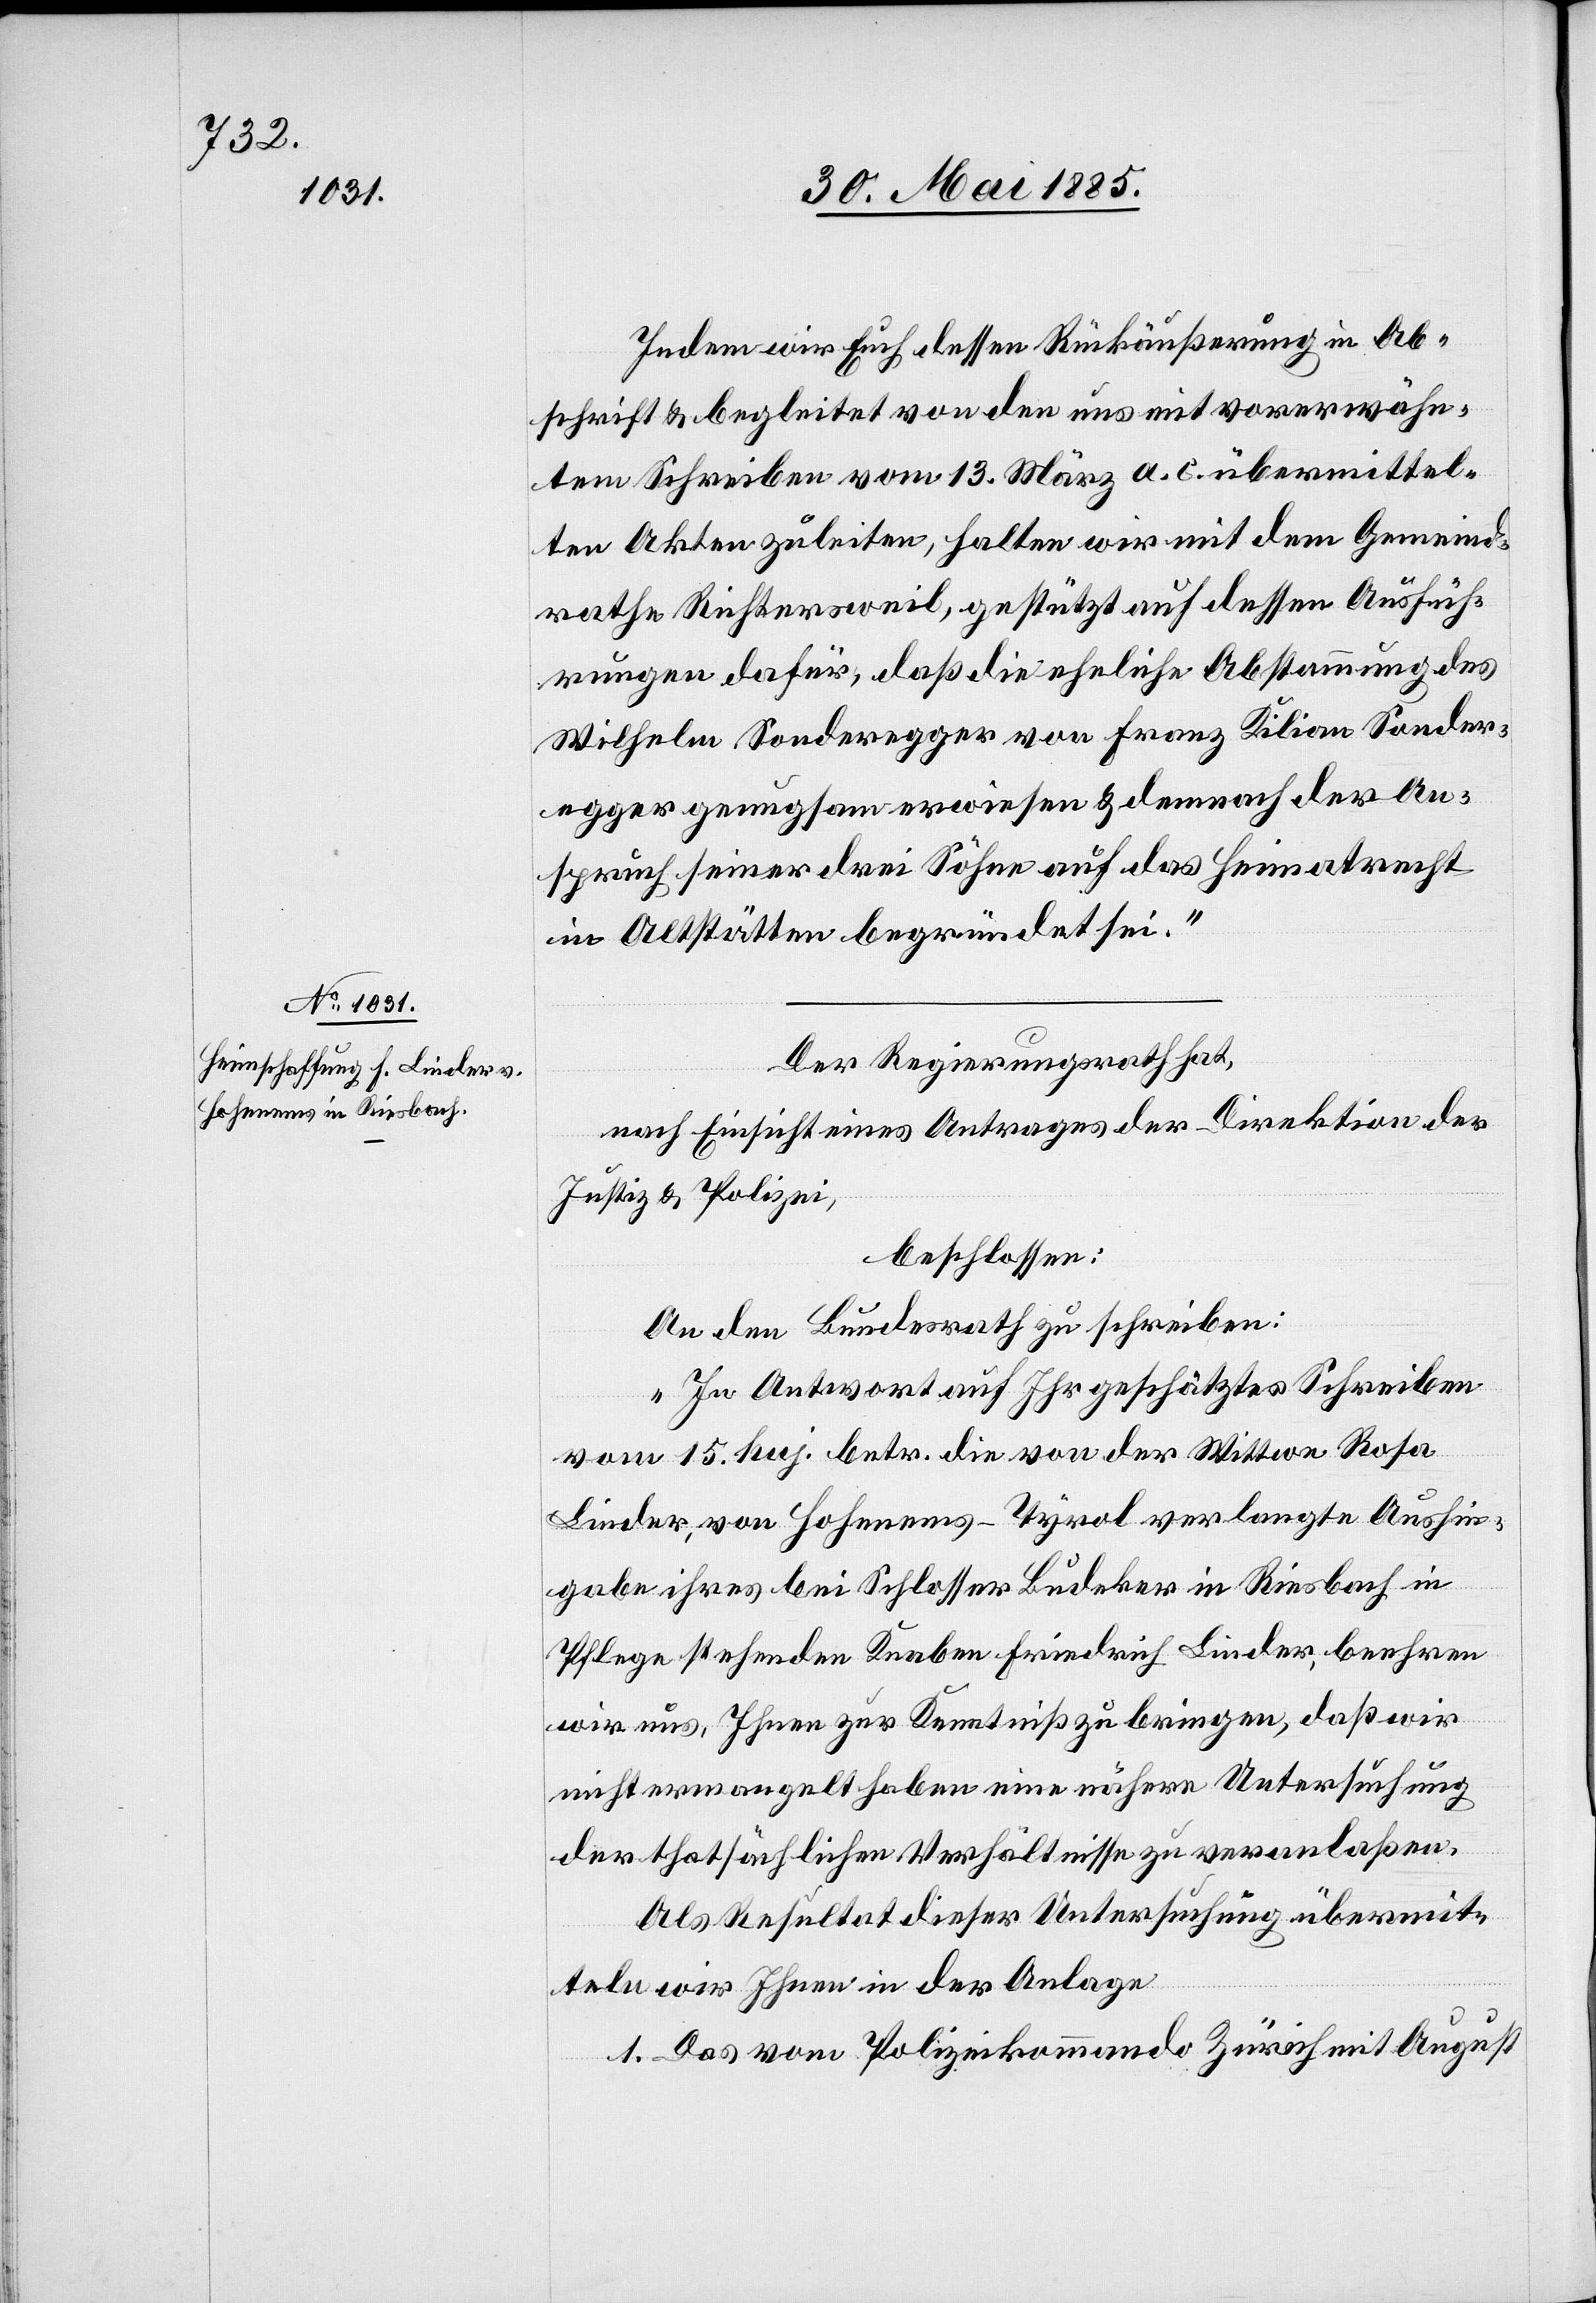
Indem wir Euch dessen Rückäußerung in Ab¬
schrift & begleitet von den uns mit vorerwähn¬
tem Schreiben vom 13. März a. c. übermittel¬
ten Akten zuleiten, halten wir mit dem Gemeind¬
rathe Richtersweil, gestützt auf dessen Ausfüh¬
rungen dafür, daß die eheliche Abstammung des
Wilhelm Sonderegger von Franz Kilian Sonder¬
egger genugsam erwiesen & demnach der An¬
spruch seiner drei Söhne auf das Heimatrecht
in Altstätten begründet sei.“
Der Regierungsrath hat,
nach Einsicht eines Antrages der Direktion der
Justiz & Polizei,
beschlossen:
An den Bundesrath zu schreiben:
„In Antwort auf Ihr geschätztes Schreiben
vom 15. huj. betr. die von der Wittwe Rosa
Linder, von Hohenems - Tyrol verlangte Aushin¬
gabe ihres bei Schlosser Budeker in Riesbach in
Pflege stehenden Knaben Friedrich Linder, beehren
wir uns, Ihnen zur Kenntniß zu bringen, daß wir
nicht ermangelt haben eine nähere Untersuchung
der thatsächlichen Verhältnisse zu veranlaßen.
Als Resultat dieser Untersuchung übermit¬
teln wir Ihnen in der Anlage
1. Das vom Polizeikommando Zürich mit August